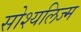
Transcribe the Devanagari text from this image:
सोश्यलिज्म